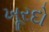
ખૂરદો